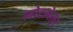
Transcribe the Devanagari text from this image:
लोटलेला